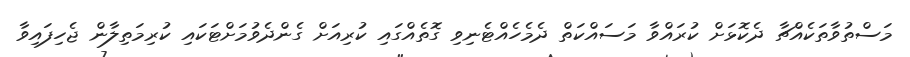
މަސްތުވާތަކެއްޗާ ދެކޮޅަށް ކުރައްވާ މަސައްކަތް ދެމެހެއްޓެނިވި ގޮތެއްގައި ކުރިއަށް ގެންދެވުމަށްޓަކައި ކުރިމަތިލާން ޖެހިފައިވާ